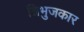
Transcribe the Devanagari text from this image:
त्रिभुजकार